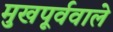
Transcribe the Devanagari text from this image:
मुखपूर्ववाले